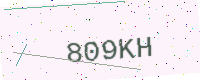
Text: 809KH